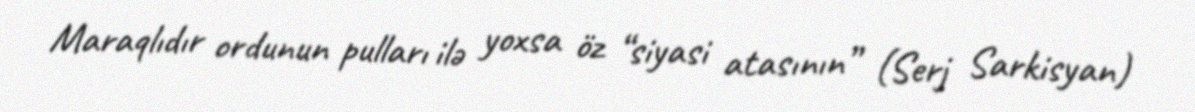
Maraqlıdır ordunun pulları ilə yoxsa öz “siyasi atasının” (Serj Sarkisyan)